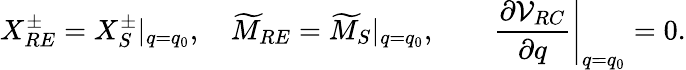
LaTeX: X_{RE}^{\pm}=X_{S}^{\pm}|_{q=q_{0}},\quad\widetilde{M}_{RE}=\widetilde{M}_{S}|_{q=q_{0}},\qquad\left.{\frac{\partial{\cal V}_{RC}}{\partial q}}\right|_{q=q_{0}}=0.